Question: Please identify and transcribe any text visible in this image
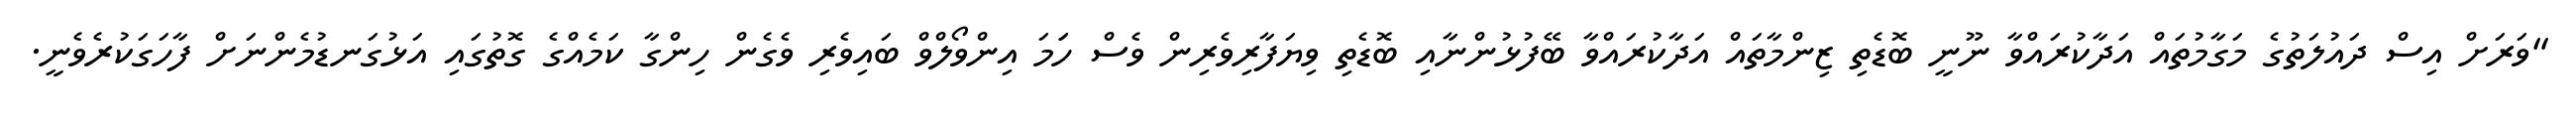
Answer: "ވަރަށް އިސް ދައުލަތުގެ މަގާމުތައް އަދާކުރައްވާ ނޫނީ ބޮޑެތި ޒިންމާތައް އަދާކުރައްވާ ބޭފުޅުންނާއި ބޮޑެތި ވިޔަފާރިވެރިން ވެސް ހަަމަ އިންވޯލްވް ބައިވެރި ވެގެން ހިންގާ ކަމެއްގެ ގޮތުގައި އަޅުގަނޑުމެންނަށް ފާހަގަކުރެވެނީ.